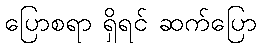
ပြောစရာ ရှိရင် ဆက်ပြော